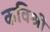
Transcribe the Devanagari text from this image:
कविश्री